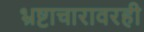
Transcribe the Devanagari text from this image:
भ्रष्टाचारावरही